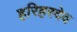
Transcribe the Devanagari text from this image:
हरिहरदेव